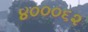
૪૦૦૦૬૨